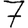
Digit: 7